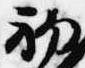
初